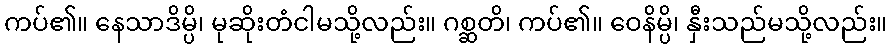
ကပ်၏။ နေသာဒိမ္ပိ၊ မုဆိုးတံငါမသို့လည်း။ ဂစ္ဆတိ၊ ကပ်၏။ ဝေနိမ္ပိ၊ နှီးသည်မသို့လည်း။